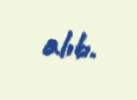
alıb.